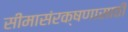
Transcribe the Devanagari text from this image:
सीमासंरक्षणासाठी